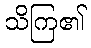
သိကြ၏